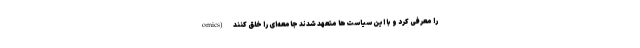
omics) را معرفی کرد و با این سیاست‌ها متعهد شدند جامعه‌ای را خلق کنند